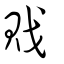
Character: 戝